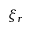
\xi _ { r }